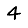
Digit: 4